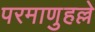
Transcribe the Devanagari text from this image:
परमाणुहल्ले